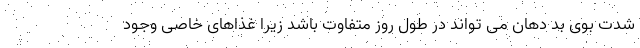
شدت بوی بد دهان می تواند در طول روز متفاوت باشد زیرا غذاهای خاصی وجود